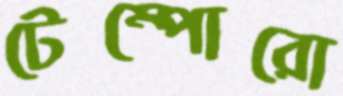
টেম্পোরো